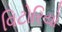
વિટોરિયો